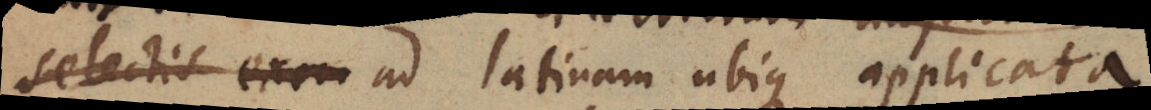
selectis ex _ ad latinam ubique applicata